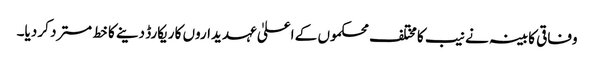
وفاقی کابینہ نے نیب کا مختلف محکموں کے اعلیٰ عہدیداروں کا ریکارڈ دینے کا خط مسترد کر دیا۔